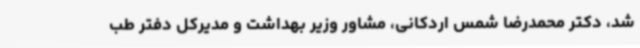
شد، دکتر محمدرضا شمس اردکانی، مشاور وزیر بهداشت و مدیرکل دفتر طب